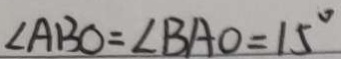
\angle A B O = \angle B A O = 1 5 ^ { \circ }